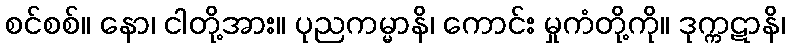
စင်စစ်။ နော၊ ငါတို့အား။ ပုညကမ္မာနိ၊ ကောင်း မှုကံတို့ကို။ ဒုက္ကဋာနိ၊